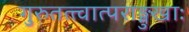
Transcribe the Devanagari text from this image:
गुरुतत्त्वात्पराङ्मुखाः